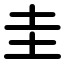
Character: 圭